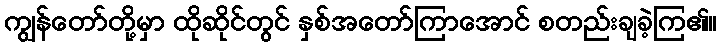
ကျွန်တော်တို့မှာ ထိုဆိုင်တွင် နှစ်အတော်ကြာအောင် စတည်းချခဲ့ကြ၏။